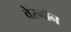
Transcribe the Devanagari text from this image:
वेरनोन